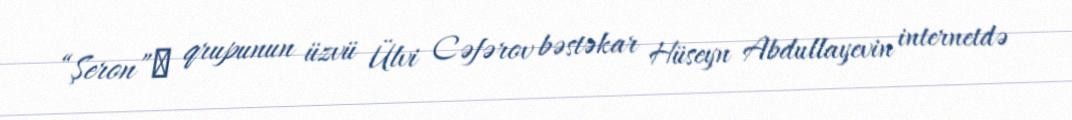
“Şeron” qrupunun üzvü Ülvi Cəfərov bəstəkar Hüseyn Abdullayevin internetdə